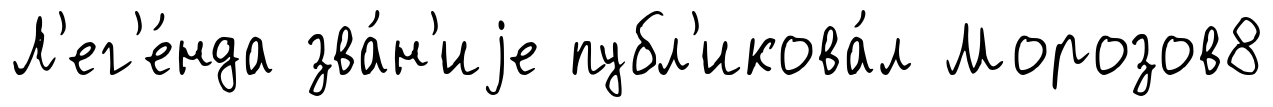
Л'ег'е́нда зва́н'иjе публ'икова́л Морозов8